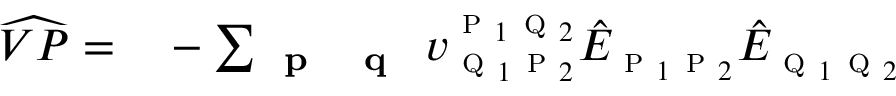
\begin{array} { r l } { \widehat { V P } = } & { { } - \sum _ { \substack { \textbf { \textsc { p } } \textbf { \textsc { q } } } } v _ { \textsc { q } _ { 1 } \textsc { p } _ { 2 } } ^ { \textsc { p } _ { 1 } \textsc { q } _ { 2 } } \hat { E } _ { \textsc { p } _ { 1 } \textsc { p } _ { 2 } } \hat { E } _ { \textsc { q } _ { 1 } \textsc { q } _ { 2 } } } \end{array}